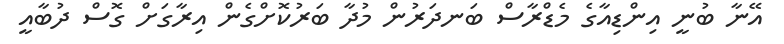
އޭނާ ބުނީ އިންޑިއާގެ މެޑްރާސް ބަނދަރުން މުދާ ބަރުކޮށްގެން އިރާގަށް ގޮސް ދުބާއީ